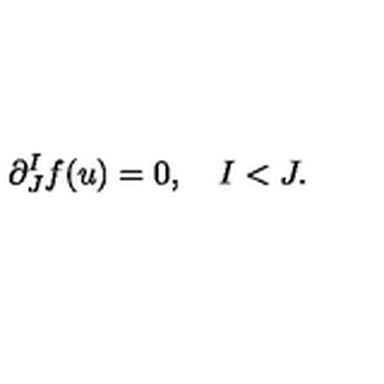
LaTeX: \partial _ { J } ^ { I } f ( u ) = 0 , \quad I < J .